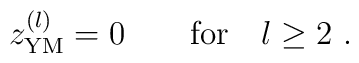
z^{(l)}_{\rm YM} = 0 \qquad \mbox{for} \quad l \geq 2 \ .